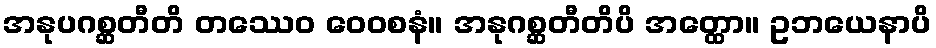
အနုပဂစ္ဆတီတိ တဿေဝ ဝေဝစနံ။ အနုဂစ္ဆတီတိပိ အတ္ထော။ ဥဘယေနာပိ